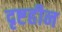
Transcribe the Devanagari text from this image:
दृष्टहीन